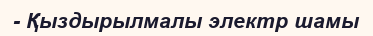
- Қыздырылмалы электр шамы